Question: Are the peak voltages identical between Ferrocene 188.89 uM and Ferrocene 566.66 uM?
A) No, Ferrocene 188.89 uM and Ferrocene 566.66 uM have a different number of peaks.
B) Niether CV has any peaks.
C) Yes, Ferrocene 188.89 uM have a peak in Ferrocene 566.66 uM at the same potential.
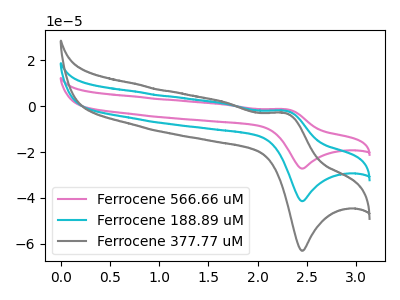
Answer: <think>The pink curve "Ferrocene 566.66 uM" has an anodic peak at (2.30V, -3.90uA) and a cathodic peak at (2.45V, -82.85uA). The cyan curve "Ferrocene 188.89 uM" has an anodic peak at (2.30V, -1.95uA) and a cathodic peak at (2.45V, -41.40uA). The gray curve "Ferrocene 377.77 uM" has an anodic peak at (2.30V, -3.00uA) and a cathodic peak at (2.45V, -63.05uA).</think>
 <answer>C) Yes, "Ferrocene 188.89 uM" have a peak in "Ferrocene 566.66 uM" at the same potential.</answer>
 <eval>C</eval>